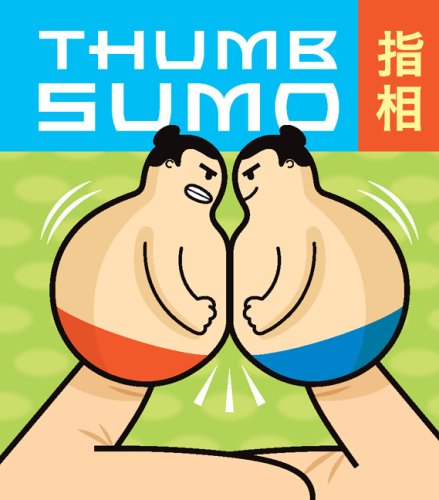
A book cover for Thumb Sumo (Mega Mini Kits); Humor & Entertainment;